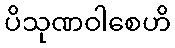
ပိသုဏဝါစေဟိ